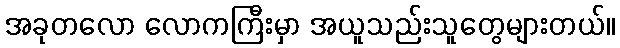
အခုတလော လောကကြီးမှာ အယူသည်းသူတွေများတယ်။